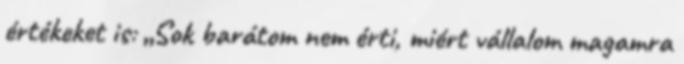
értékeket is: „Sok barátom nem érti, miért vállalom magamra